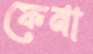
ফেনা